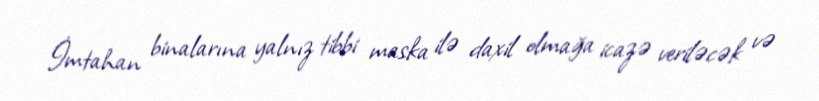
İmtahan binalarına yalnız tibbi maska ilə daxil olmağa icazə veriləcək və